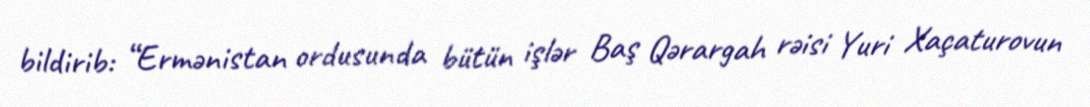
bildirib: “Ermənistan ordusunda bütün işlər Baş Qərargah rəisi Yuri Xaçaturovun